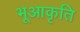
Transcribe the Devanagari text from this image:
भूआकृति